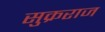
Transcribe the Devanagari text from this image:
सुक्रराज